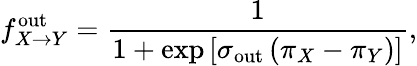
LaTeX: f_{X\to Y}^{\mathrm{out}}=\frac{1}{1+\exp\left[\sigma_{\mathrm{out}}\left(\pi_{X}-\pi_{Y}\right)\right]},